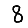
Digit: 8